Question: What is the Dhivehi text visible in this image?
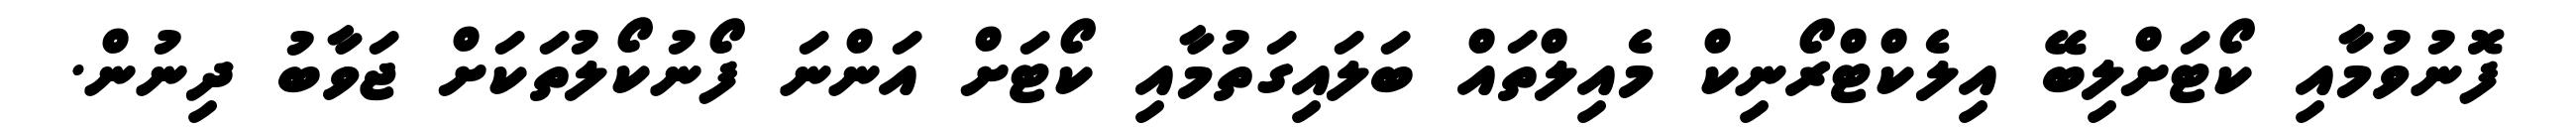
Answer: ފޮނުވުމާއި ކޯޓަށްލިބޭ އިލެކްޓްރޯނިކް މެއިލްތައް ބަލައިގަތުމާއި ކޯޓަށް އަންނަ ފޯނުކޯލުތަކަށް ޖަވާބު ދިނުން.